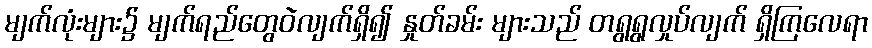
မျက်လုံးများ၌ မျက်ရည်တွေဝဲလျက်ရှိ၍ နှုတ်ခမ်း များသည် တရွရွလှုပ်လျက် ရှိကြလေရာ